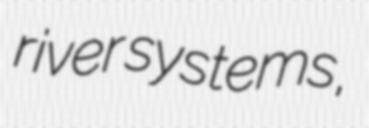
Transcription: river systems,